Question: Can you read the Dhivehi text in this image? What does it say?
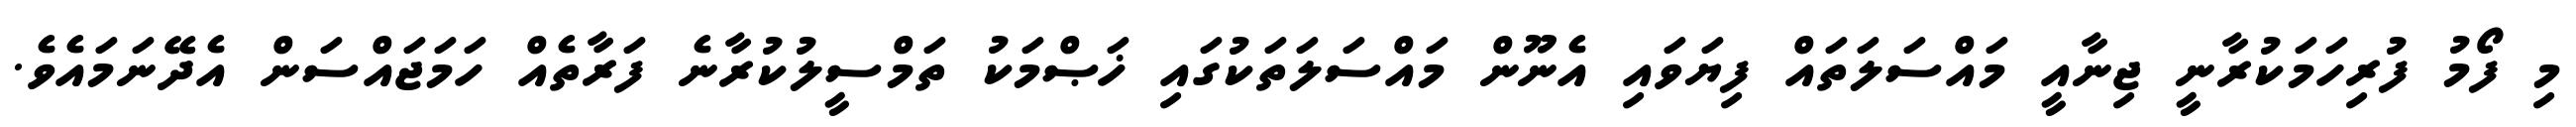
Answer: މި ފޯމު ފުރިހަމަކުރާނީ ޖިނާއީ މައްސަލަތައް ފިޔަވައި އެނޫން މައްސަލަތަކުގައި ޚަޞްމަކު ތަމްސީލުކުރާނެ ފަރާތެއް ހަމަޖައްސަން އެދޭނަމައެވެ.